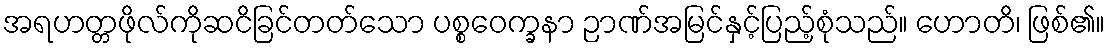
အရဟတ္တဖိုလ်ကိုဆငိခြင်တတ်သော ပစ္စဝေက္ခနာ ဉာဏ်အမြင်နှင့်ပြည့်စုံသည်။ ဟောတိ၊ ဖြစ်၏။